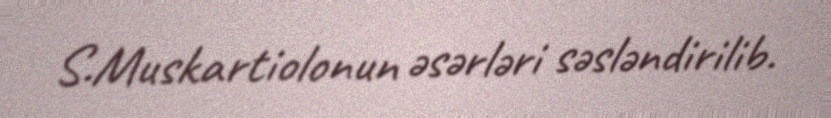
S.Muskartiolonun əsərləri səsləndirilib.